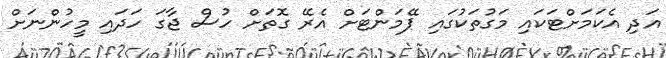
އަދި އެކަމަށްޓަކައި މަގުތަކުގައި ޕޭމަންޓަށް އެރޭ ގޮތަށް ހުސް ޖާގަ ހަދައި މީހުންނަށް